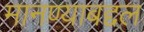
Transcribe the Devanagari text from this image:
मानण्याबद्दल